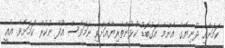
ކަމަށާއި ދުނިޔޭގެ އެންމެ އަގުބޮޑު ކުޅުންތެރިޔާއަށްވި ނަމަވެސް އުފާ ނުކުރާ ކަމަށެވެ. އެއީ